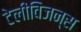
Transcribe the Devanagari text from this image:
टेलीविजन्स